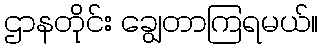
ဌာနတိုင်း ချွေတာကြရမယ်။